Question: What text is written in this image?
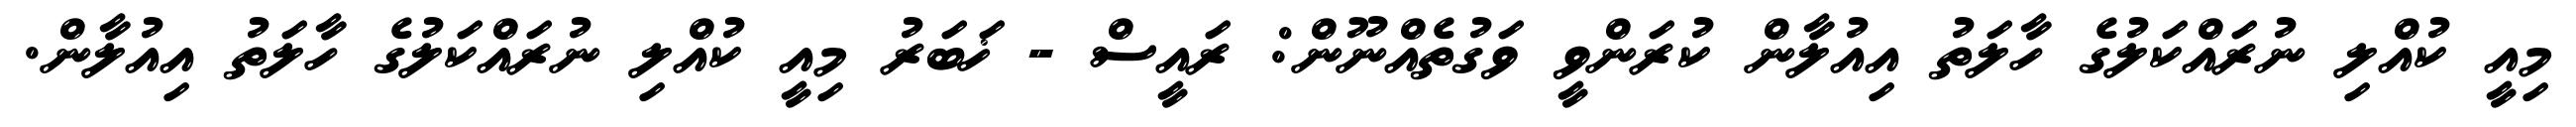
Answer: މިއީ ކުއްލި ނުރައްކަލުގެ ހާލަތު އިއުލާން ކުރަންވީ ވަގުތެއްނޫން: ރައީސް - ޚަބަރު މިއީ ކުއްލި ނުރައްކަލުގެ ހާލަތު އިއުލާން.